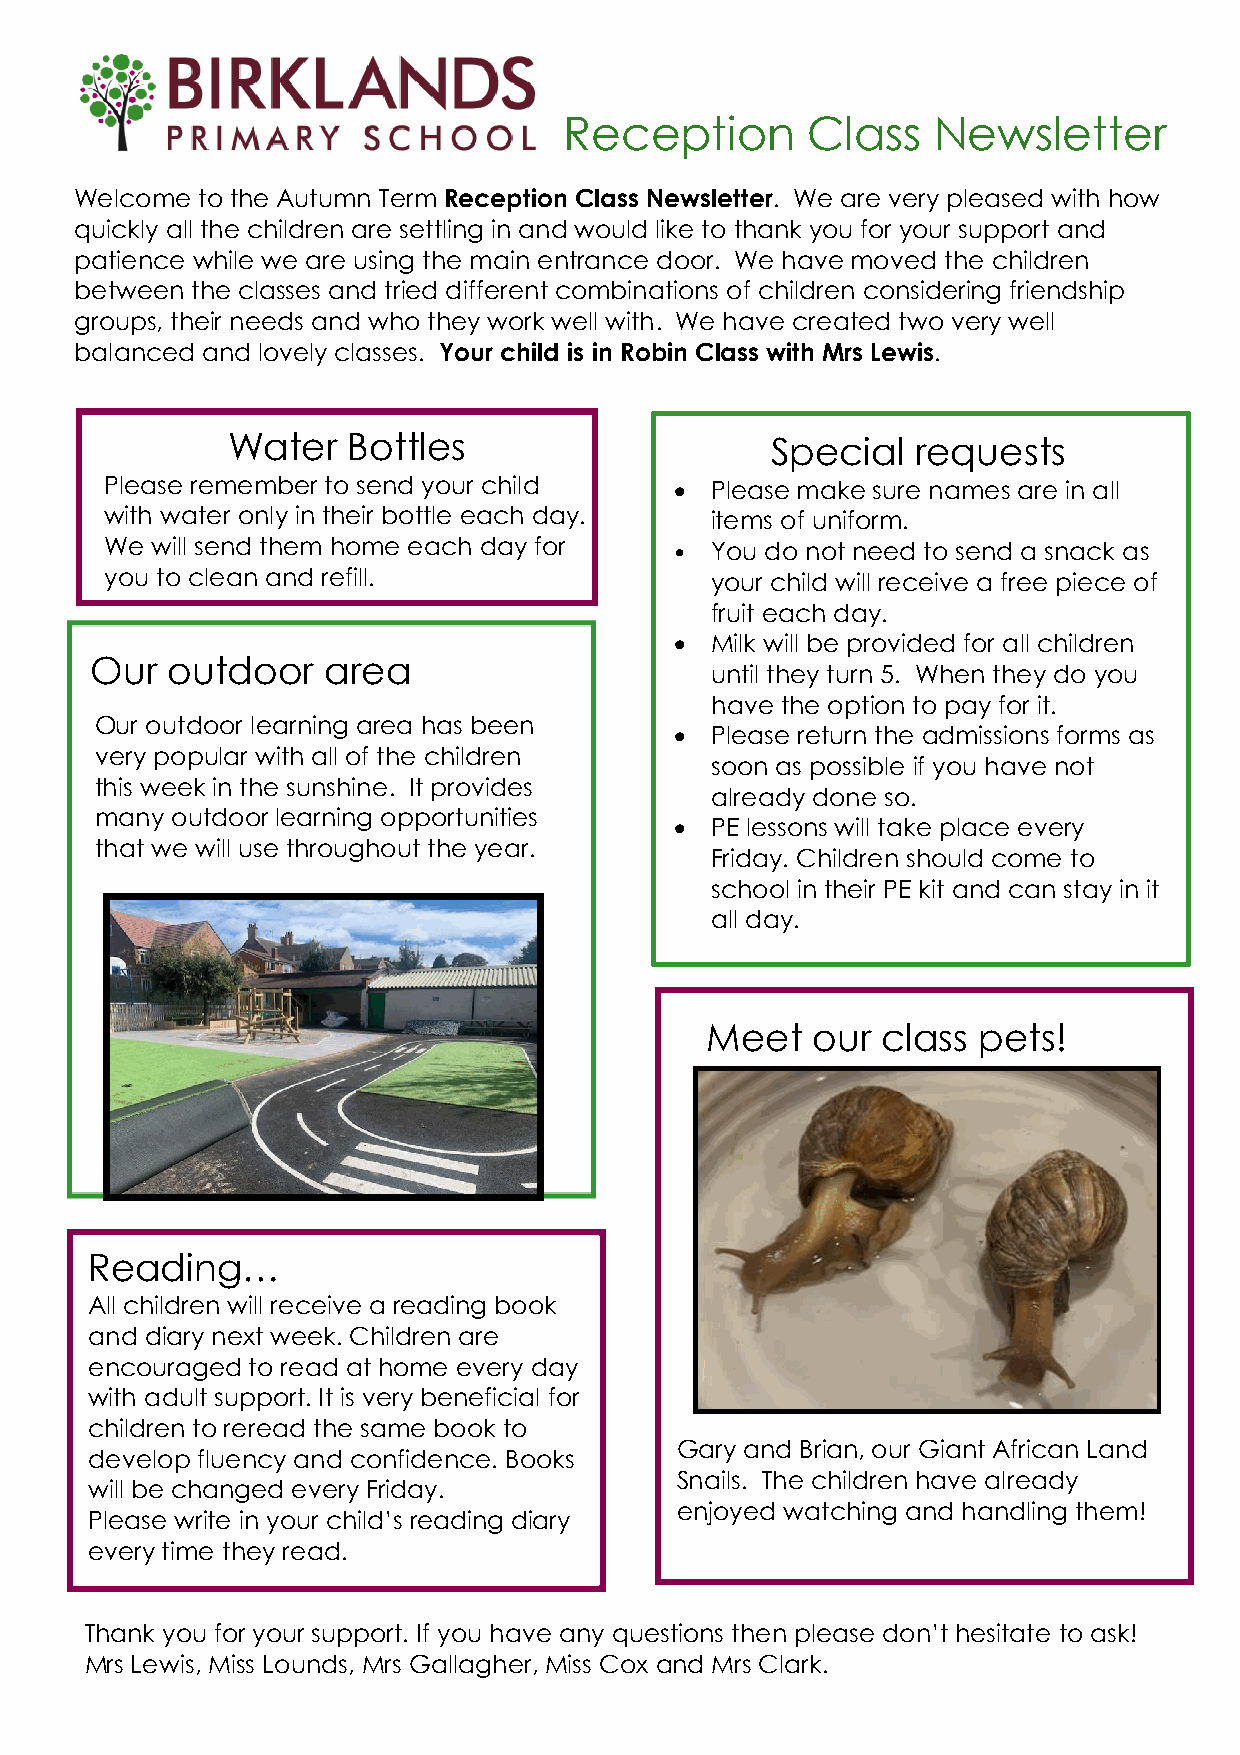
Reception       Class    Newsletter
 Welcome to the Autumn Term Reception Class Newsletter. We are very pleased with how
 quickly all the children are settling in and would like to thank you for your support and
 patience while we are using the main entrance door. We have moved the children
 between the classes and tried different combinations of children considering friendship
 groups, their needs and who they work well with. We have created two very well
 balanced and lovely classes. Your child is in Robin Class with Mrs Lewis.
 Water   Bottles                     Special   requests
 Please remember to send your child    • Please make sure names are in all
 with water only in their bottle each day. items of uniform.
 We will send them home each day for   • You do not need to send a snack as
 you to clean and refill.                your child will receive a free piece of
 fruit each day.
 • Milk will be provided for all children
 Our  outdoor   area
 until they turn 5. When they do you
 have the option to pay for it.
 Our outdoor learning area has been
 • Please return the admissions forms as
 very popular with all of the children
 soon as possible if you have not
 this week in the sunshine. It provides
 already done so.
 many outdoor learning opportunities
 • PE lessons will take place every
 that we will use throughout the year.
 Friday. Children should come to
 school in their PE kit and can stay in it
 all day.
 Meet   our class  pets!
 Reading…
 All children will receive a reading book
 and diary next week. Children are
 encouraged to read at home every day
 with adult support. It is very beneficial for
 children to reread the same book to
 Gary and Brian, our Giant African Land
 develop fluency and confidence. Books
 Snails. The children have already
 will be changed every Friday.
 enjoyed watching and handling them!
 Please write in your child’s reading diary
 every time they read.
 Thank you for your support. If you have any questions then please don’t hesitate to ask!
 Mrs Lewis, Miss Lounds, Mrs Gallagher, Miss Cox and Mrs Clark.